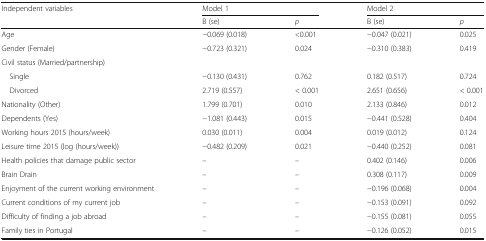
<table><thead><tr><td rowspan="2"><b>Independent variables</b></td><td colspan="2"><b>Model 1</b></td><td colspan="2"><b>Model 2</b></td></tr><tr><td><b>B (se)</b></td><td><b><i>p</i></b></td><td><b>B (se)</b></td><td><b><i>p</i></b></td></tr></thead><tbody><tr><td>Age</td><td>−0.069 (0.018)</td><td>&lt;0.001</td><td>−0.047 (0.021)</td><td>0.025</td></tr><tr><td>Gender (Female)</td><td>−0.723 (0.321)</td><td>0.024</td><td>−0.310 (0.383)</td><td>0.419</td></tr><tr><td colspan="5">Civil status (Married/partnership)</td></tr><tr><td> Single</td><td>−0.130 (0.431)</td><td>0.762</td><td>0.182 (0.517)</td><td>0.724</td></tr><tr><td> Divorced</td><td>2.719 (0.557)</td><td>&lt; 0.001</td><td>2.651 (0.656)</td><td>&lt; 0.001</td></tr><tr><td>Nationality (Other)</td><td>1.799 (0.701)</td><td>0.010</td><td>2.133 (0.846)</td><td>0.012</td></tr><tr><td>Dependents (Yes)</td><td>−1.081 (0.443)</td><td>0.015</td><td>−0.441 (0.528)</td><td>0.404</td></tr><tr><td>Working hours 2015 (hours/week)</td><td>0.030 (0.011)</td><td>0.004</td><td>0.019 (0.012)</td><td>0.124</td></tr><tr><td>Leisure time 2015 (log (hours/week))</td><td>−0.482 (0.209)</td><td>0.021</td><td>−0.440 (0.252)</td><td>0.081</td></tr><tr><td>Health policies that damage public sector</td><td>–</td><td>–</td><td>0.402 (0.146)</td><td>0.006</td></tr><tr><td>Brain Drain</td><td>–</td><td>–</td><td>0.308 (0.117)</td><td>0.009</td></tr><tr><td>Enjoyment of the current working environment</td><td>–</td><td>–</td><td>−0.196 (0.068)</td><td>0.004</td></tr><tr><td>Current conditions of my current job</td><td>–</td><td>–</td><td>−0.153 (0.091)</td><td>0.092</td></tr><tr><td>Difficulty of finding a job abroad</td><td>–</td><td>–</td><td>−0.155 (0.081)</td><td>0.055</td></tr><tr><td>Family ties in Portugal</td><td>–</td><td>–</td><td>−0.126 (0.052)</td><td>0.015</td></tr></tbody></table>